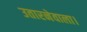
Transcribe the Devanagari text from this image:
उतारनेवाला।